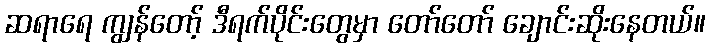
ဆရာရေ ကျွန်တော့် ဒီရက်ပိုင်းတွေမှာ တော်တော် ချောင်းဆိုးနေတယ်။